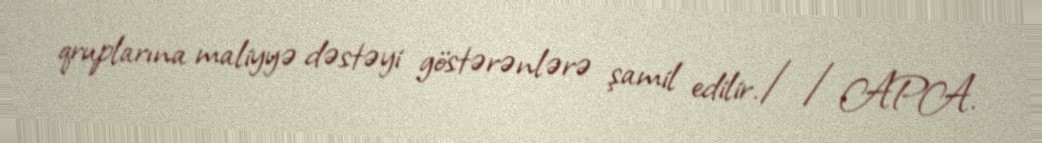
qruplarına maliyyə dəstəyi göstərənlərə şamil edilir.//APA.